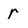
Character: r